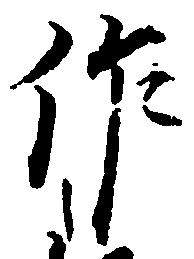
作